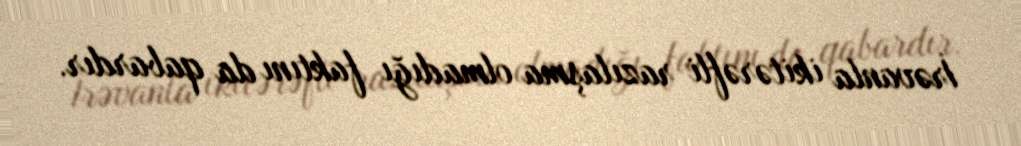
İrəvanla ikitərəfli razılaşma olmadığı faktını da qabardır.